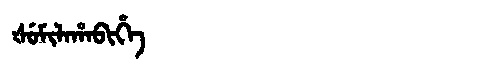
Manchu: ᡧᡠᠮᡳᠯᠠᡥᠠᠪᡳᡥᡝ
Romanization: ŠUMILAHABIHE